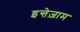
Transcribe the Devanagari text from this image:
इन्तेज़ाम